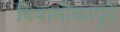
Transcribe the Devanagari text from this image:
विवानौकांपुढे